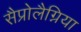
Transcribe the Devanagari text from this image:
सैप्रोलैग्निया